Lock hospitals Punjab
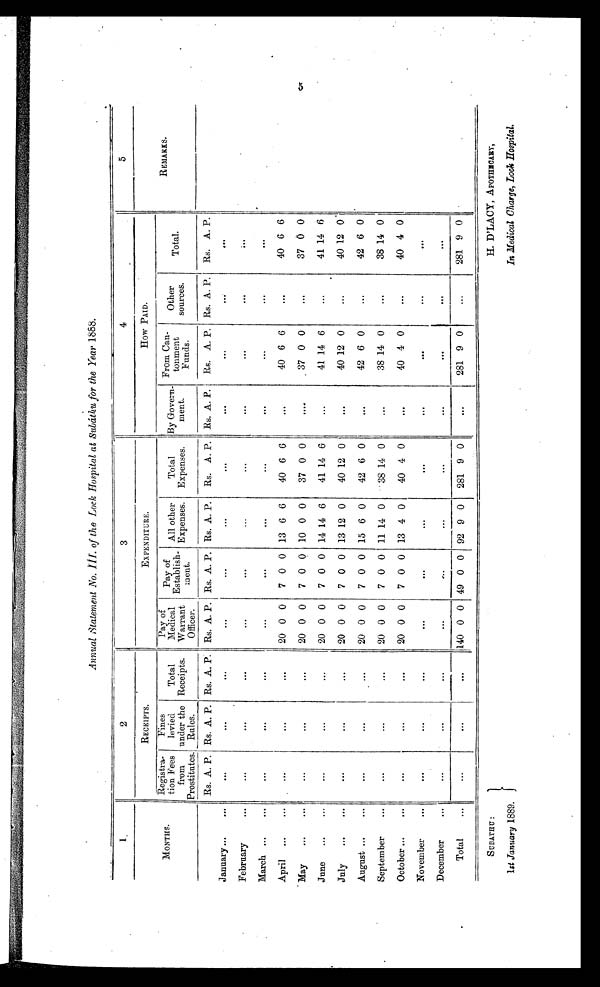
SUBATHU :
1st January 1889.
H. D'LACY, APOTHECARY,
In Medical Charge, Look Hospital.
Annual Statement No.III. of the Lock Hospital at Subáthu for the Year 1888.
1
2
3
4
5
M O N T H S
.
RECEIPTS.
EXPENDITURE.
How PAID.
REMARKS.
Registra-
tion Fees
from
Prostitutes.
MONTHS
Fines
levied
under the
Rules.
Total
Receipts.
Pay of
Medical
Warrant
Officer.
Pay of
Establish-
ment.
All other
Expenses.
Total
Expenses.
By Govern-
ment.
From
ro C a n -
tonment
Funds.
Other
sources.
Total.
Rs. A. P. Rs. A. P. Rs. A. P. Rs. A. P. iRs. A. P. Rs. A. P.
Rs. A. P. Rs. A. P.
Rs. A. P. Rs. A. P. Rs. A. P.
January ... ... ... ... ...
...
...
...
...
. . .
...
. . .
. . .
February
...
...
...
... ...
...
...
600
. . .
9.9
. . .
. . .
March ...
... ... ... ... ...
...
...
...
. . .
. . .
. . .
. . .
April ...
...
...
... ...
20 0 0
7 0 0 13 6 6
40 6 6
. . . 40 6 6
...
40 6 6
. May
... ...
...
... ...
20 0 0
7 0 0 10 0 0
37 0 0
....
37 0 0
...
37 0 0
June
...
... ... ... ...
20 0 0
7 0 0 14 14 6
41 14 6
. . . 41 14 6
. . .
41 14 6
July
...
... ...
...
...
20 0 0
7 0 0 13 12 0
40 12 0 '
...
40 12 0
. . .
40 12 0 .
August ...
... ...
...
...
20 0 0
7 0 0 15 6 0
42 6 0
. . . 42 6 0
...
42 6 0
September
... ...
...
...
20 0 0
7 0 0 11 14 0
38 14 0
. . . 38 14 0
. . .
38 14 0
October ...
...
...
... ...
20 0 0
7 0 0 13 4 0
40 4 0
. . . 40 4 0
...
40 4 0
November
... ...
...
... ... ...
...
...
. . .
. . .
. . .
. . .
December
... ... ... ... ...
...
...
...
. . .
. . .
.49
. . .
Total
... ... ... ...
140 0 0 49 0 0 92 9 0
281 9 0
. . . 281 9 0
. . .
281 9 0